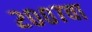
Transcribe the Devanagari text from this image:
२००७वा